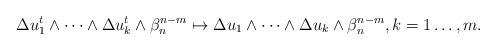
LaTeX: \begin{align*} \begin{aligned}\Delta u_1^t\wedge\dots\wedge\Delta u_k^t&\wedge\beta_n^{n-m}\mapsto\Delta u_1\wedge\dots\wedge\Delta u_k\wedge\beta_n^{n-m}, k=1\dots ,m.\end{aligned} \end{align*}